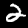
Label: 2